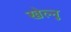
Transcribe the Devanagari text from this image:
खेल्नु